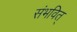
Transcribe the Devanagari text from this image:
संभवित्